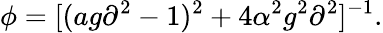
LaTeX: \phi=[(ag\partial^{2}-1)^{2}+4\alpha^{2}g^{2}\partial^{2}]^{-1}.